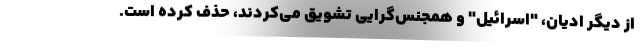
از دیگر ادیان، "اسرائیل" و همجنس‌گرایی تشویق می‌کردند، حذف کرده است.